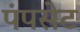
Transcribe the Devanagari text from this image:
पंपसेट